Tezpur Lunatic Asylum reports 1877-1894 - 1877-1894
Year: 1877
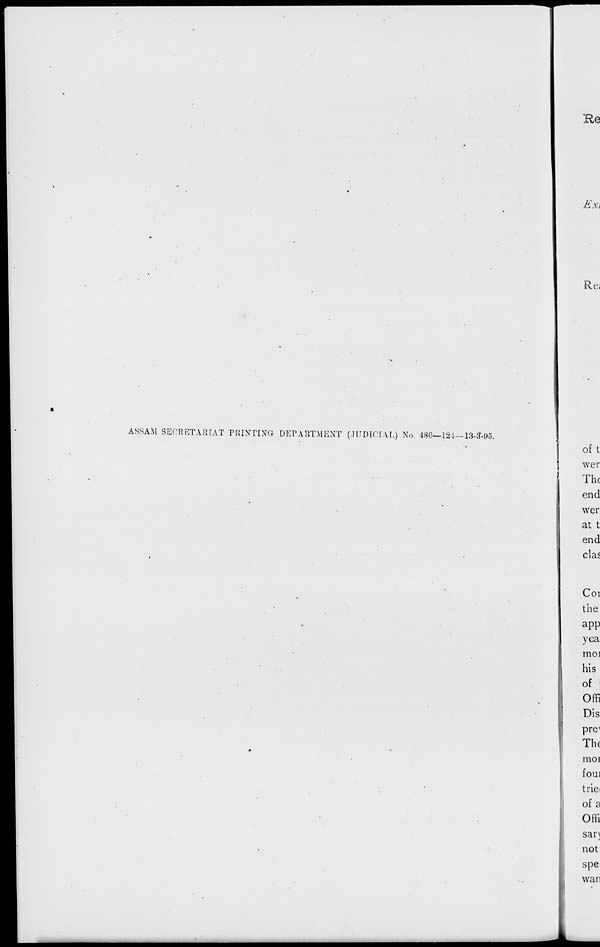
ASSAM SECRETARIAT PRINTING DEPARTMENT (JUDICIAL) No. 480—124—13-&95.
■